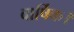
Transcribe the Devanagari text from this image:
वार्षिक।